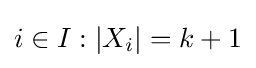
i\in I:|X_{i}|=k+1